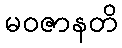
မဝဇာနတိ